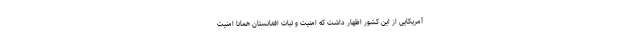
آمریکایی از این کشور اظهار داشت که امنیت و ثبات افغانستان همانا امنیت